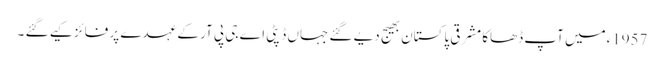
1957ءمیں آپ ڈھاکا مشرقی پاکستان بھیج دیے گئے جہاں ڈپٹی اے جی پی آر کے عہدے پر فائز کیے گئے ۔